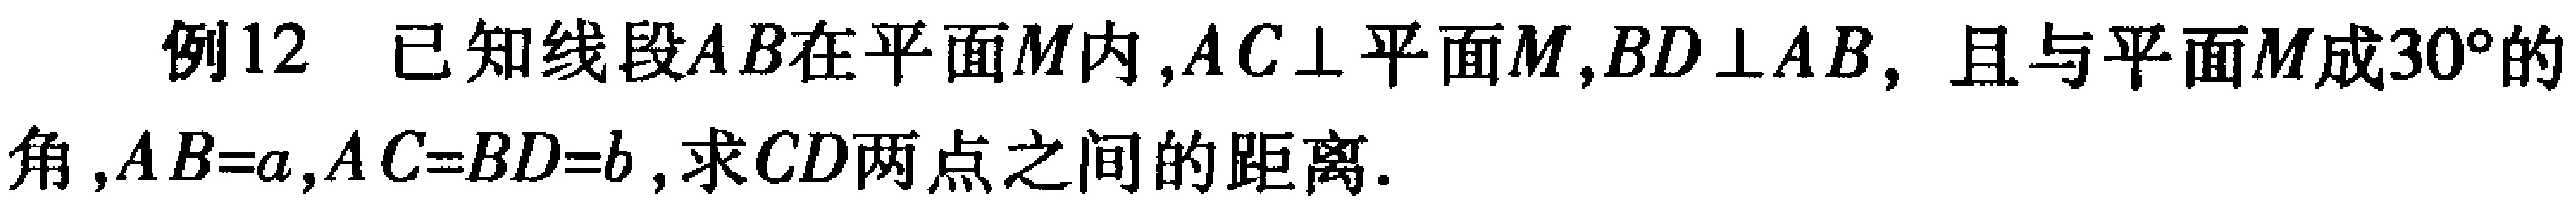
例12 已知线段\(AB\)在平面\(M\)内,\(AC\perp\)平面\(M\),\(BD\perp AB\)，且与平面\(M\)成\(30^{\circ}\)的角,\(AB = a\),\(AC = BD = b\),求\(CD\)两点之间的距离.